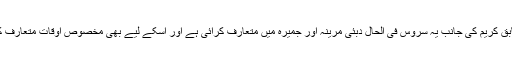
وٹس آن کے مطابق کریم کی جانب یہ سروس فی الحال دبئی مرینہ اور جمیرہ میں متعارف کرائی ہے اور اسکے لیے بھی مخصوص اوقات متعارف کرائے گئے ہیں ۔